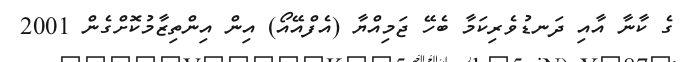
ގެ ކާނާ އާއި ދަނޑުވެރިކަމާ ބެހޭ ޖަމިއްޔާ (އެފްއޭއޯ) އިން އިންތިޒާމުކޮށްގެން 2001